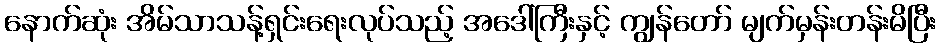
နောက်ဆုံး အိမ်သာသန့်ရှင်းရေးလုပ်သည့် အဒေါ်ကြီးနှင့် ကျွန်တော် မျက်မှန်းတန်းမိပြီး